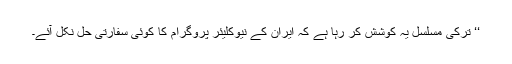
‘‘ ترکی مسلسل یہ کوشش کر رہا ہے کہ ایران کے نیوکلیئر پروگرام کا کوئی سفارتی حل نکل آئے۔